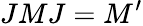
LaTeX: JMJ=M^{\prime}